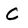
Character: C